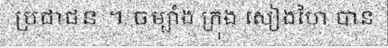
ប្រជាជន ។ ចម្បាំង ក្រុង សៀងហៃ បាន